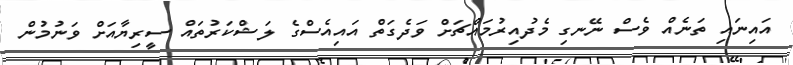
އައިނައި ތަނެއް ވެސް ނޭނގި މެދުއިރުމައްޗަށް ވަދެގަތް އައިއެސްގެ ލަޝްކަރުތައް ސީރިޔާއަށް ވަނުމުން